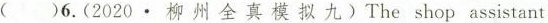
()6.(2020.柳州全真模拟九)The shop assistant